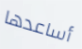
أساعدها